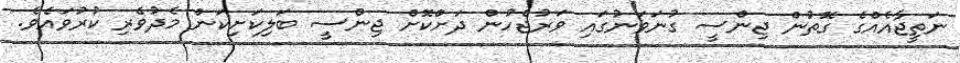
ނަތީޖާއެއްގެ ގޮތުން ޖިންސީ ގުނަވަނުގައި ވަރުޖެހުން ދަށްކޮށް ޖިންސީ ބަލިކަށިކަން މެދުވެރި ކުރުވައެވެ.